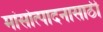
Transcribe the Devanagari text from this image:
मांसोत्पादनासाठी